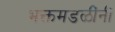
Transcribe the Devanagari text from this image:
भक्तमंडळींनी